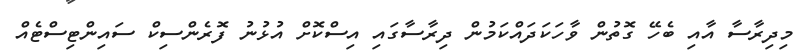
މިދިރާސާ އާއި ބެހޭ ގޮތުން ވާހަކަދައްކަމުން ދިރާސާގައި އިސްކޮށް އުޅުނު ފޮރެންސިކް ސައިންޓިސްޓެއް